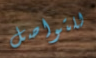
للتواصل